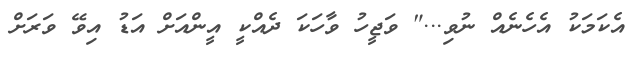
އެކަމަކު އެހެނެއް ނުވި..." ވަޖީހު ވާހަކަ ދެއްކީ އީންއަށް އަޑު އިވޭ ވަރަށް